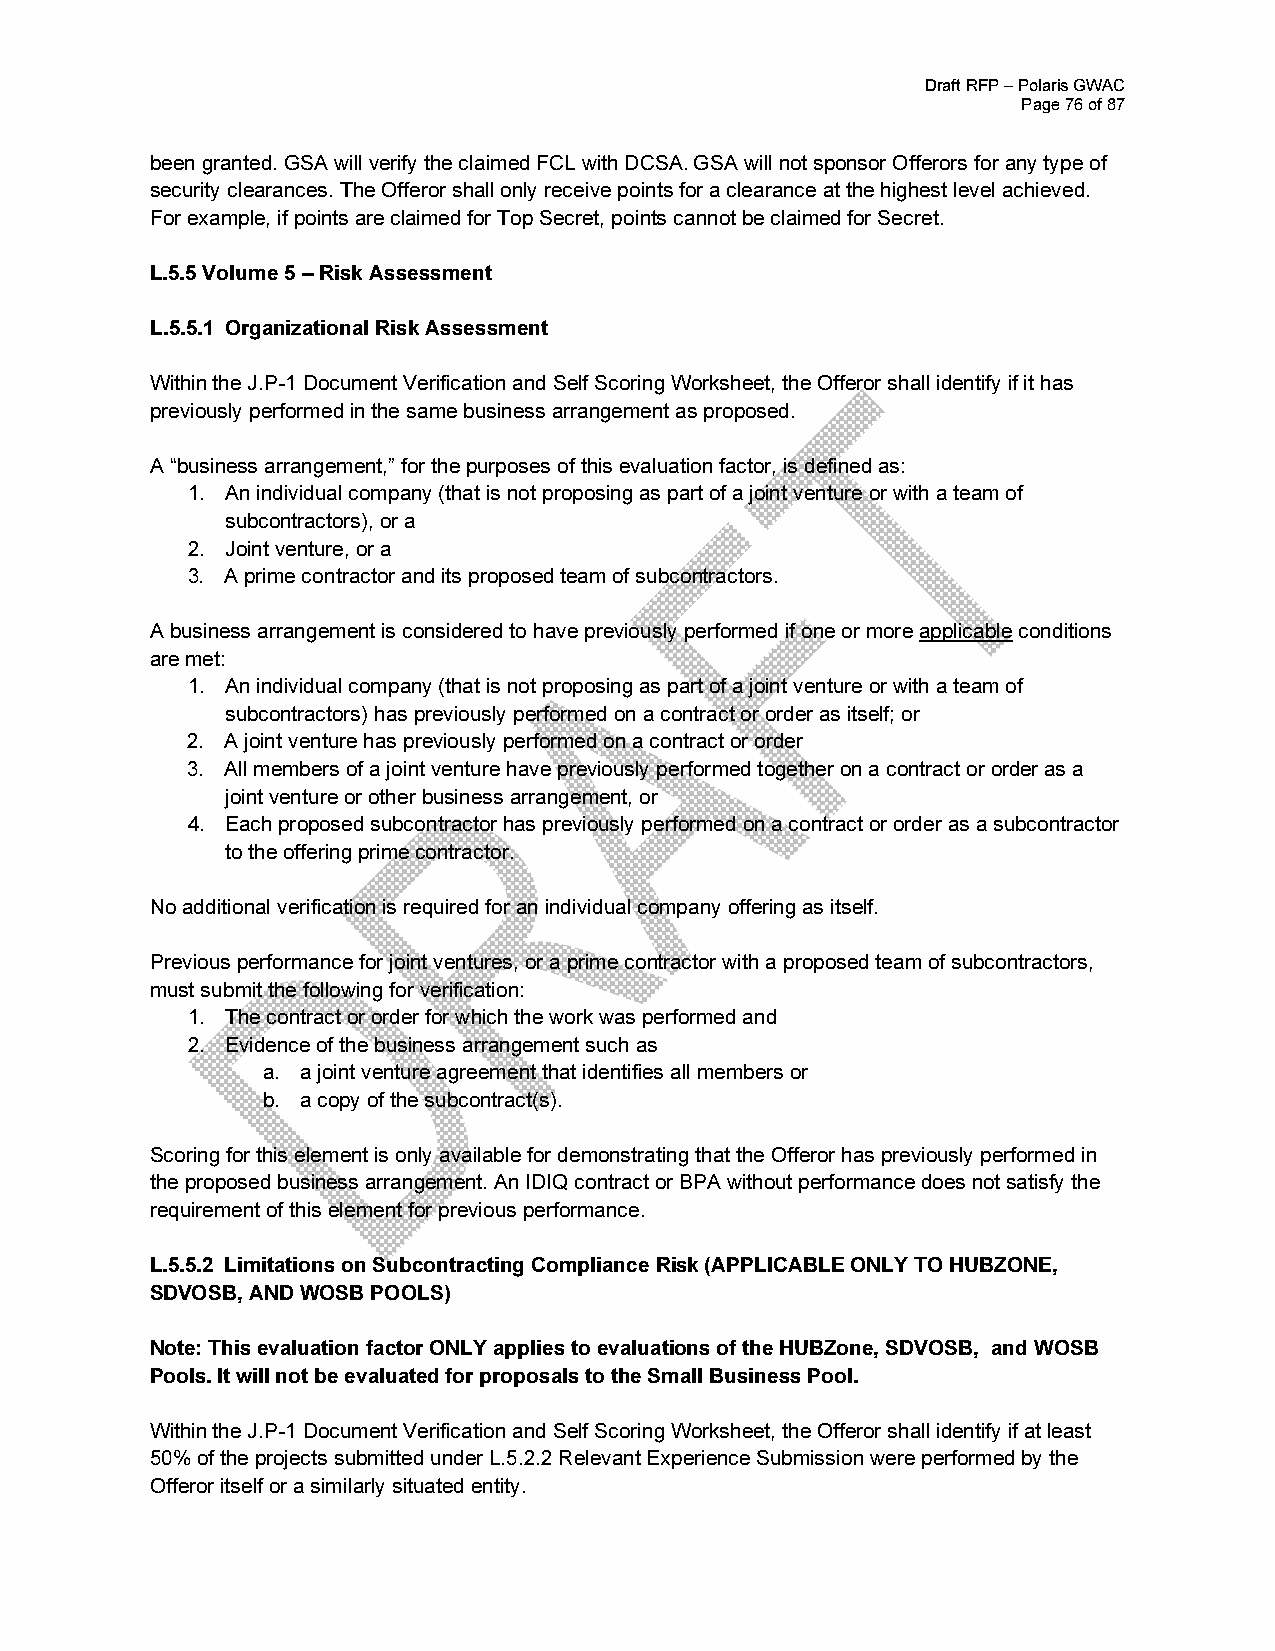
Draft RFP – Polaris GWAC
 Page 76 of 87
 been granted. GSA will verify the claimed FCL with DCSA. GSA will not sponsor Offerors for any type of
 security clearances. The Offeror shall only receive points for a clearance at the highest level achieved.
 For example, if points are claimed for Top Secret, points cannot be claimed for Secret.
 L.5.5 Volume 5 – Risk Assessment
 L.5.5.1 Organizational Risk Assessment
 Within the J.P-1 Document Verification and Self Scoring Worksheet, the Offeror shall identify if it has
 previously performed in the same business arrangement as proposed.
 A “business arrangement,” for the purposes of this evaluation factor, is defined as:
 1. An individual company (that is not proposing as part of a joint venture or with a team of
 subcontractors), or a
 2. Joint venture, or a
 3. A prime contractor and its proposed team of subcontractors.
 A business arrangement is considered to have previously performed if one or more applicable conditions
 are met:
 1. An individual company (that is not proposing as part of a joint venture or with a team of
 subcontractors) has previously performed on a contract or order as itself; or
 2. A joint venture has previously performed on a contract or order
 3. All members of a joint venture have previously performed together on a contract or order as a
 joint venture or other business arrangement, or
 4. Each proposed subcontractor has previously performed on a contract or order as a subcontractor
 to the offering prime contractor.
 No additional verification is required for an individual company offering as itself.
 Previous performance for joint ventures, or a prime contractor with a proposed team of subcontractors,
 must submit the following for verification:
 1. The contract or order for which the work was performed and
 2. Evidence of the business arrangement such as
 a. a joint venture agreement that identifies all members or
 b. a copy of the subcontract(s).
 Scoring for this element is only available for demonstrating that the Offeror has previously performed in
 the proposed business arrangement. An IDIQ contract or BPA without performance does not satisfy the
 requirement of this element for previous performance.
 L.5.5.2 Limitations on Subcontracting Compliance Risk (APPLICABLE ONLY TO HUBZONE,
 SDVOSB, AND WOSB POOLS)
 Note: This evaluation factor ONLY applies to evaluations of the HUBZone, SDVOSB, and WOSB
 Pools. It will not be evaluated for proposals to the Small Business Pool.
 Within the J.P-1 Document Verification and Self Scoring Worksheet, the Offeror shall identify if at least
 50% of the projects submitted under L.5.2.2 Relevant Experience Submission were performed by the
 Offeror itself or a similarly situated entity.